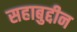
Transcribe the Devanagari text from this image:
सहाबुद्दीन